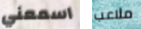
اسمعني ملاعب